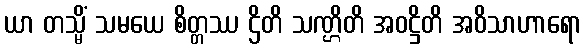
ယာ တသ္မိံ သမယေ စိတ္တဿ ဌိတိ သဏ္ဌိတိ အဝဋ္ဌိတိ အဝိသာဟာရော